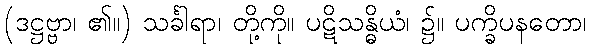
(ဒဋ္ဌဗ္ဗာ၊ ၏။) သင်္ခါရာ၊ တို့ကို။ ပဋိသန္ဓိယံ၊ ၌။ ပက္ခိပနတော၊